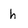
Character: h